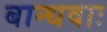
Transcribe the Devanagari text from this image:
बान्धवाः